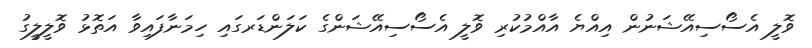
ވޮލީ އެސޯސިއޭޝަނުން އިއްޔެ އާއްމުކުރި ވޮލީ އެސޯސިއޭޝަންގެ ކަލަންޑަރގައި ހިމަނާފައިވާ އަތޮޅު ވޮލީލީގު